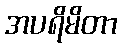
အပရိမိတာ